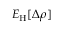
E _ { \mathrm { H } } [ \Delta \rho ]